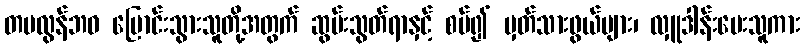
တမလွန်ဘဝ ပြောင်းသွားသူတို့အတွက် ဆွမ်းသွတ်ရာနှင့် စပ်၍ မှတ်သားဖွယ်များ၊ လှူဒါန်းပေးသူကား